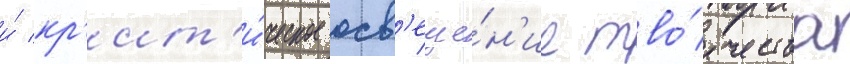
и́ кр'ит'и́ческое осв'еще́н'ие тво́рчества